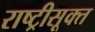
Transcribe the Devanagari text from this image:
राष्ट्रीसूक्त